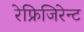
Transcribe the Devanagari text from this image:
रेफ्रिजिरेन्ट